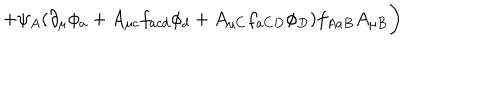
+ \psi _ { A } ( \partial _ { \mu } \phi _ { a } + A _ { \mu c } f _ { a c d } \phi _ { d } + A _ { \mu C } f _ { a C D } \phi _ { D } ) f _ { A a B } A _ { \mu B } \biggr )